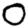
Digit: 0